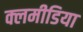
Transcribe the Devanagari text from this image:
क्लमीडिया